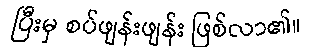
ပြီးမှ စပ်ဖျန်းဖျန်း ဖြစ်လာ၏။